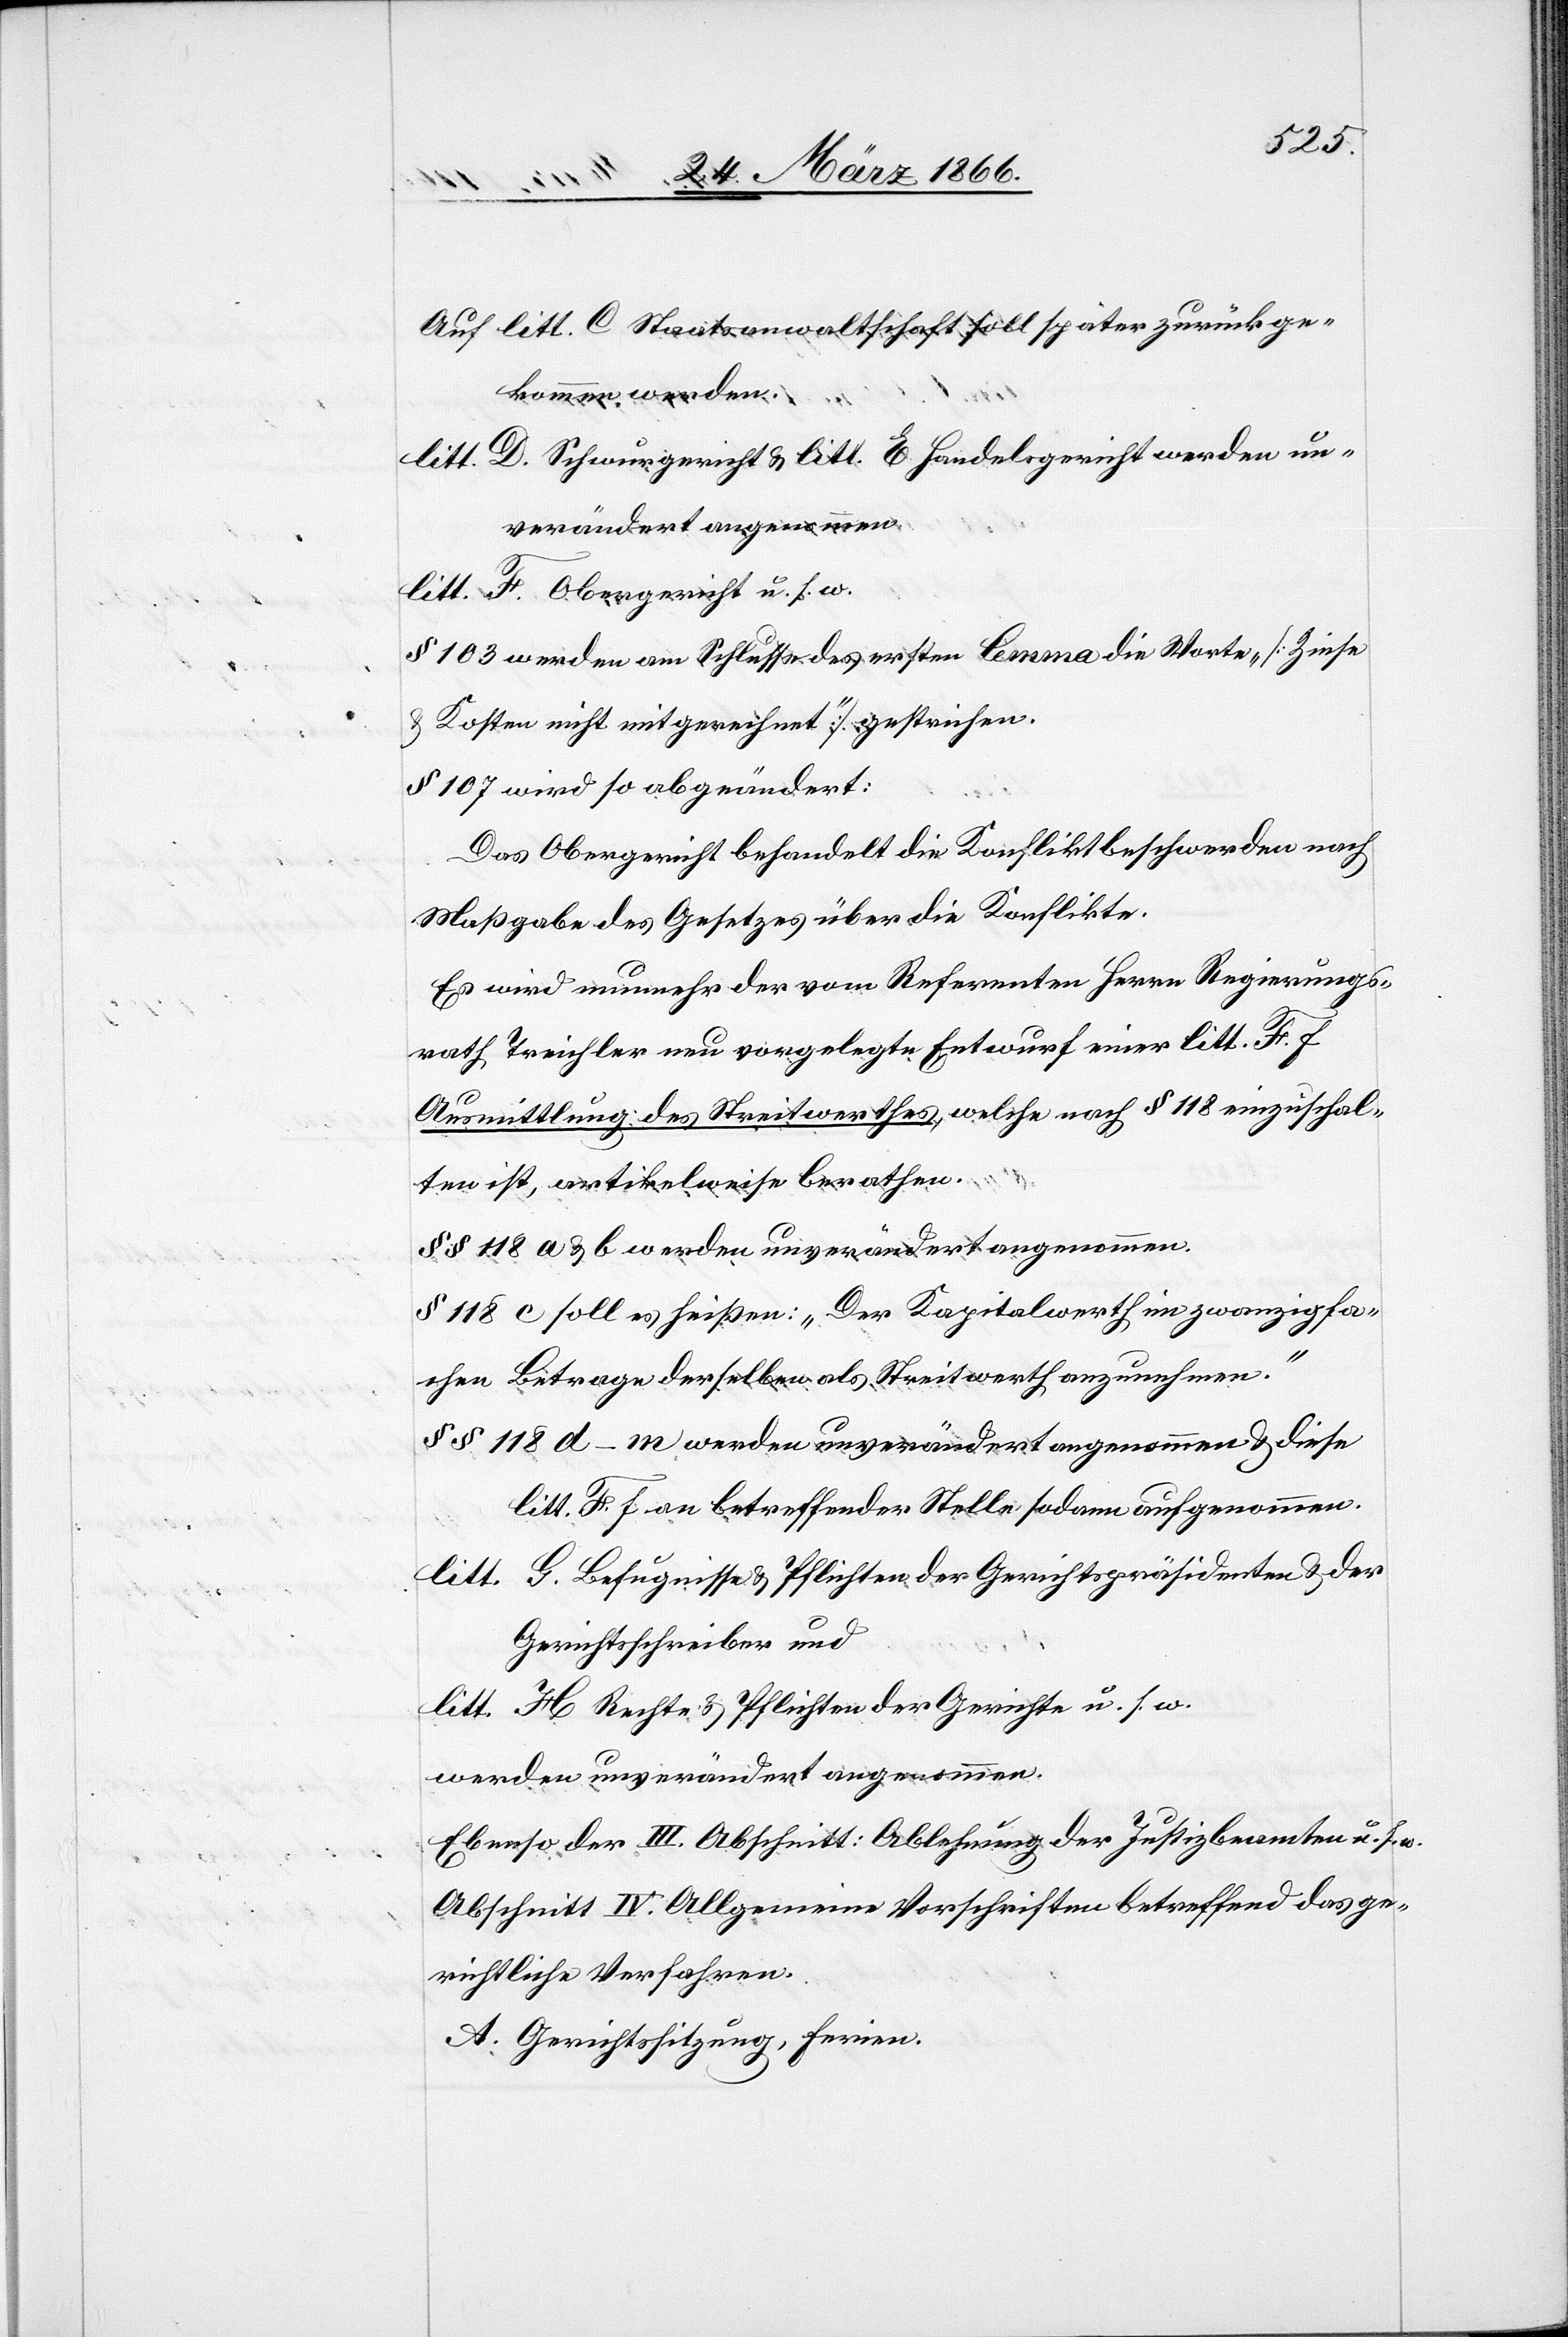
Auf litt. C Staatsanwaltschaft soll später zurückge¬
kommen werden.
litt. D. Schwurgericht u. litt. E Handelsgericht werden un¬
verändert angenommen.
litt. F. Obergericht u. s. w.
§ 103 werden am Schlusse des ersten lemma die Worte „[Zinse
u. Kosten nicht mitgerechnet]“ gestrichen.
§ 107 wird so abgeändert:
Das Obergericht behandelt die Konfliktbeschwerden nach
Maßgabe des Gesetzes über die Konflikte.
Es wird nunmehr der vom Referenten Herrn Regierungs¬
rath Treichler neu vorgelegte Entwurf einer litt. F. f
Ausmittlung des Streitwerthes, welche nach § 118 einzuschal¬
ten ist, artikelweise berathen.
§ § 118 a. u. b werden unverändert angenommen.
§ 118 c soll es heißen: „Der Kapitalwerth im zwanzigfa¬
chen Betragen derselben als Streitwerth anzunehmen.“
§ § 118 d–m werden unverändert angenommen u. diese
litt. F. f. an betreffender Stelle sodann aufgenommen.
litt. G. Befugnisse u. Pflichten der Gerichtspräsidenten u. der
Gerichtsschreiber und
litt. H Rechte u. Pflichten der Gerichte u. s. w.
werden unverändert angenommen.
Ebenso der III. Abschnitt: Ablehnung der Justizbeamten u. s. w.
Abschnitt IV. Allgemeine Vorschriften betreffend das ge¬
richtliche Verfahren.
A. Gerichtssitzung, Ferien.